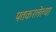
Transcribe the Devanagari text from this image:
पतकरलेल्या